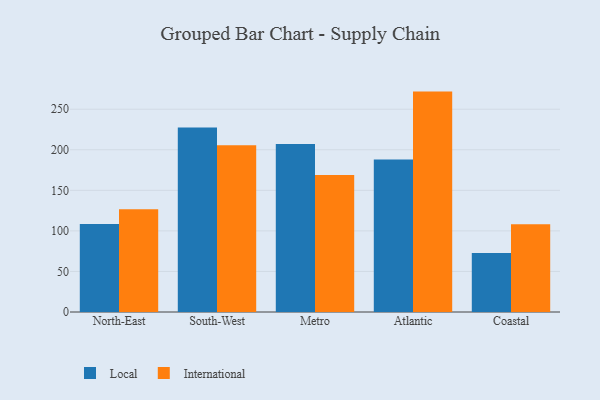
{"axis": {"x": "Region", "y": "Temperature (°C)"}, "legend": ["International", "Local"], "data": [{"x": "North-East", "y": 108.4, "type": "Local"}, {"x": "North-East", "y": 126.8, "type": "International"}, {"x": "South-West", "y": 227.4, "type": "Local"}, {"x": "South-West", "y": 205.7, "type": "International"}, {"x": "Metro", "y": 207.1, "type": "Local"}, {"x": "Metro", "y": 168.8, "type": "International"}, {"x": "Atlantic", "y": 188.1, "type": "Local"}, {"x": "Atlantic", "y": 271.7, "type": "International"}, {"x": "Coastal", "y": 72.6, "type": "Local"}, {"x": "Coastal", "y": 108.2, "type": "International"}]}